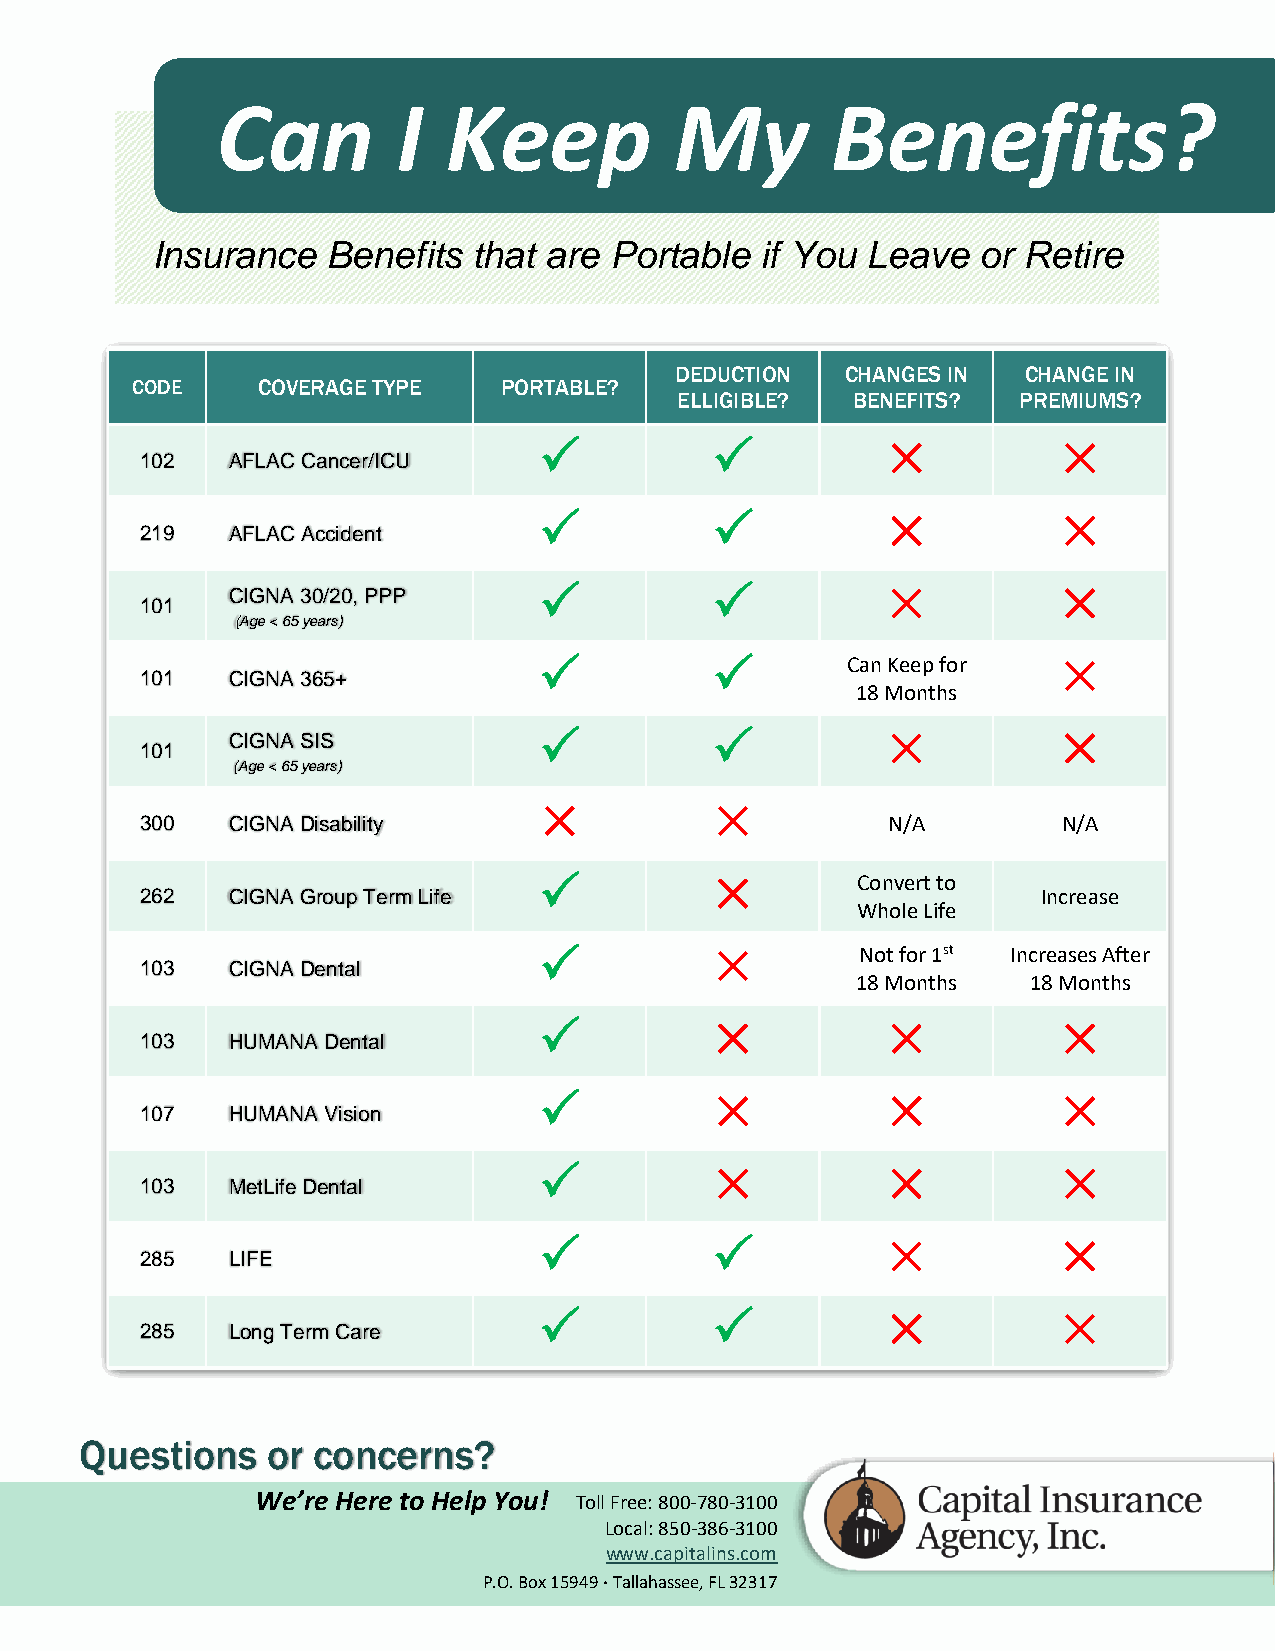
Can         I   Keep           My        Benefits?
 Insurance   Benefits that are Portable  if You Leave   or Retire
 DEDUCTION  CHANGES IN  CHANGE IN
 CODE    COVERAGE TYPE   PORTABLE?
 ELLIGIBLE? BENEFITS?  PREMIUMS?
                                
 102   AFLAC Cancer/ICU
                                
 219   AFLAC Accident
 CIGNA 30/20, PPP
                                
 101
 (Age < 65 years)
                   Can Keep for  
 101   CIGNA 365+
 18 Months
                                
 CIGNA SIS
 101
 (Age < 65 years)
            
 300   CIGNA Disability                            N/A        N/A
                    Convert to
 262   CIGNA Group Term Life                                 Increase
 Whole Life
                    Not for 1st Increases After
 103   CIGNA Dental
 18 Months  18 Months
                                
 103   HUMANA Dental
                                
 107   HUMANA Vision
                                
 103   MetLife Dental
                                
 285   LIFE
                                
 285   Long Term Care
 Questions    or concerns?
 We’re Here to Help You! Toll Free: 800-780-3100
 Local: 850-386-3100
 www.capitalins.com
 P.O. Box 15949  Tallahassee, FL 32317